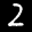
Label: 2